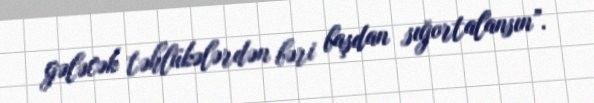
gələcək təhlükələrdən bəri başdan sığortalansın”.